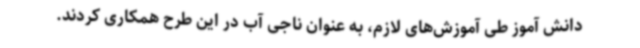
دانش آموز طی آموزش‌های لازم، به عنوان ناجی آب در این طرح همکاری کردند.